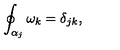
\oint _ { \alpha _ { j } } \omega _ { k } = \delta _ { j k } ,